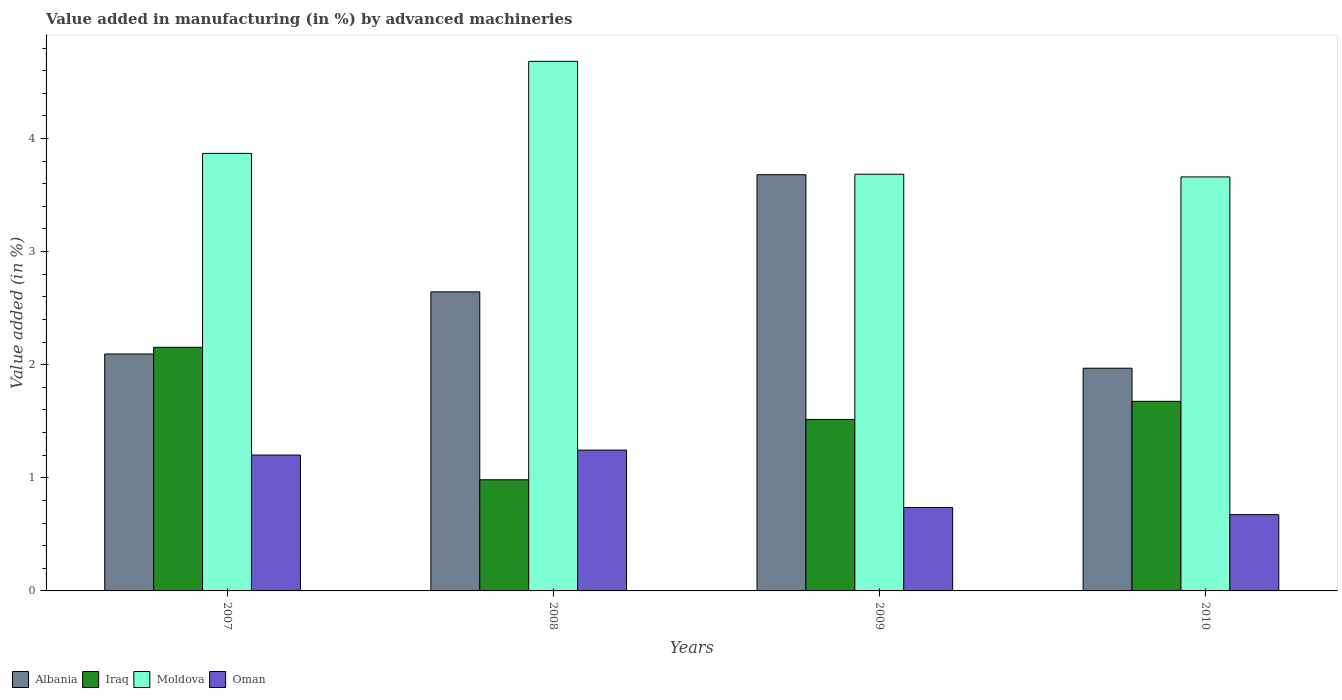
| Years | Albania | Iraq | Moldova | Oman |
 | --- | --- | --- | --- | --- |
 | 2007 | 2.09 | 2.15 | 3.87 | 1.2 |
 | 2008 | 2.64 | 0.983 | 4.68 | 1.25 |
 | 2009 | 3.68 | 1.52 | 3.68 | 0.738 |
 | 2010 | 1.97 | 1.68 | 3.66 | 0.675 |